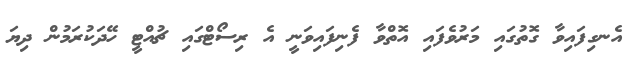
އެނގިފައިވާ ގޮތުގައި މަރުވެފައި އޮތްވާ ފެނިފައިވަނީ އެ ރިސޯޓްގައި ޗުއްޓީ ހޭދަކުރަމުން ދިޔަ